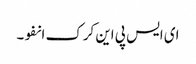
ای ایس پی این کرک انفو۔